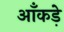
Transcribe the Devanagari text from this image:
आँकडे़